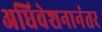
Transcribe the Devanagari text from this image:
अधिवेशनानंतर